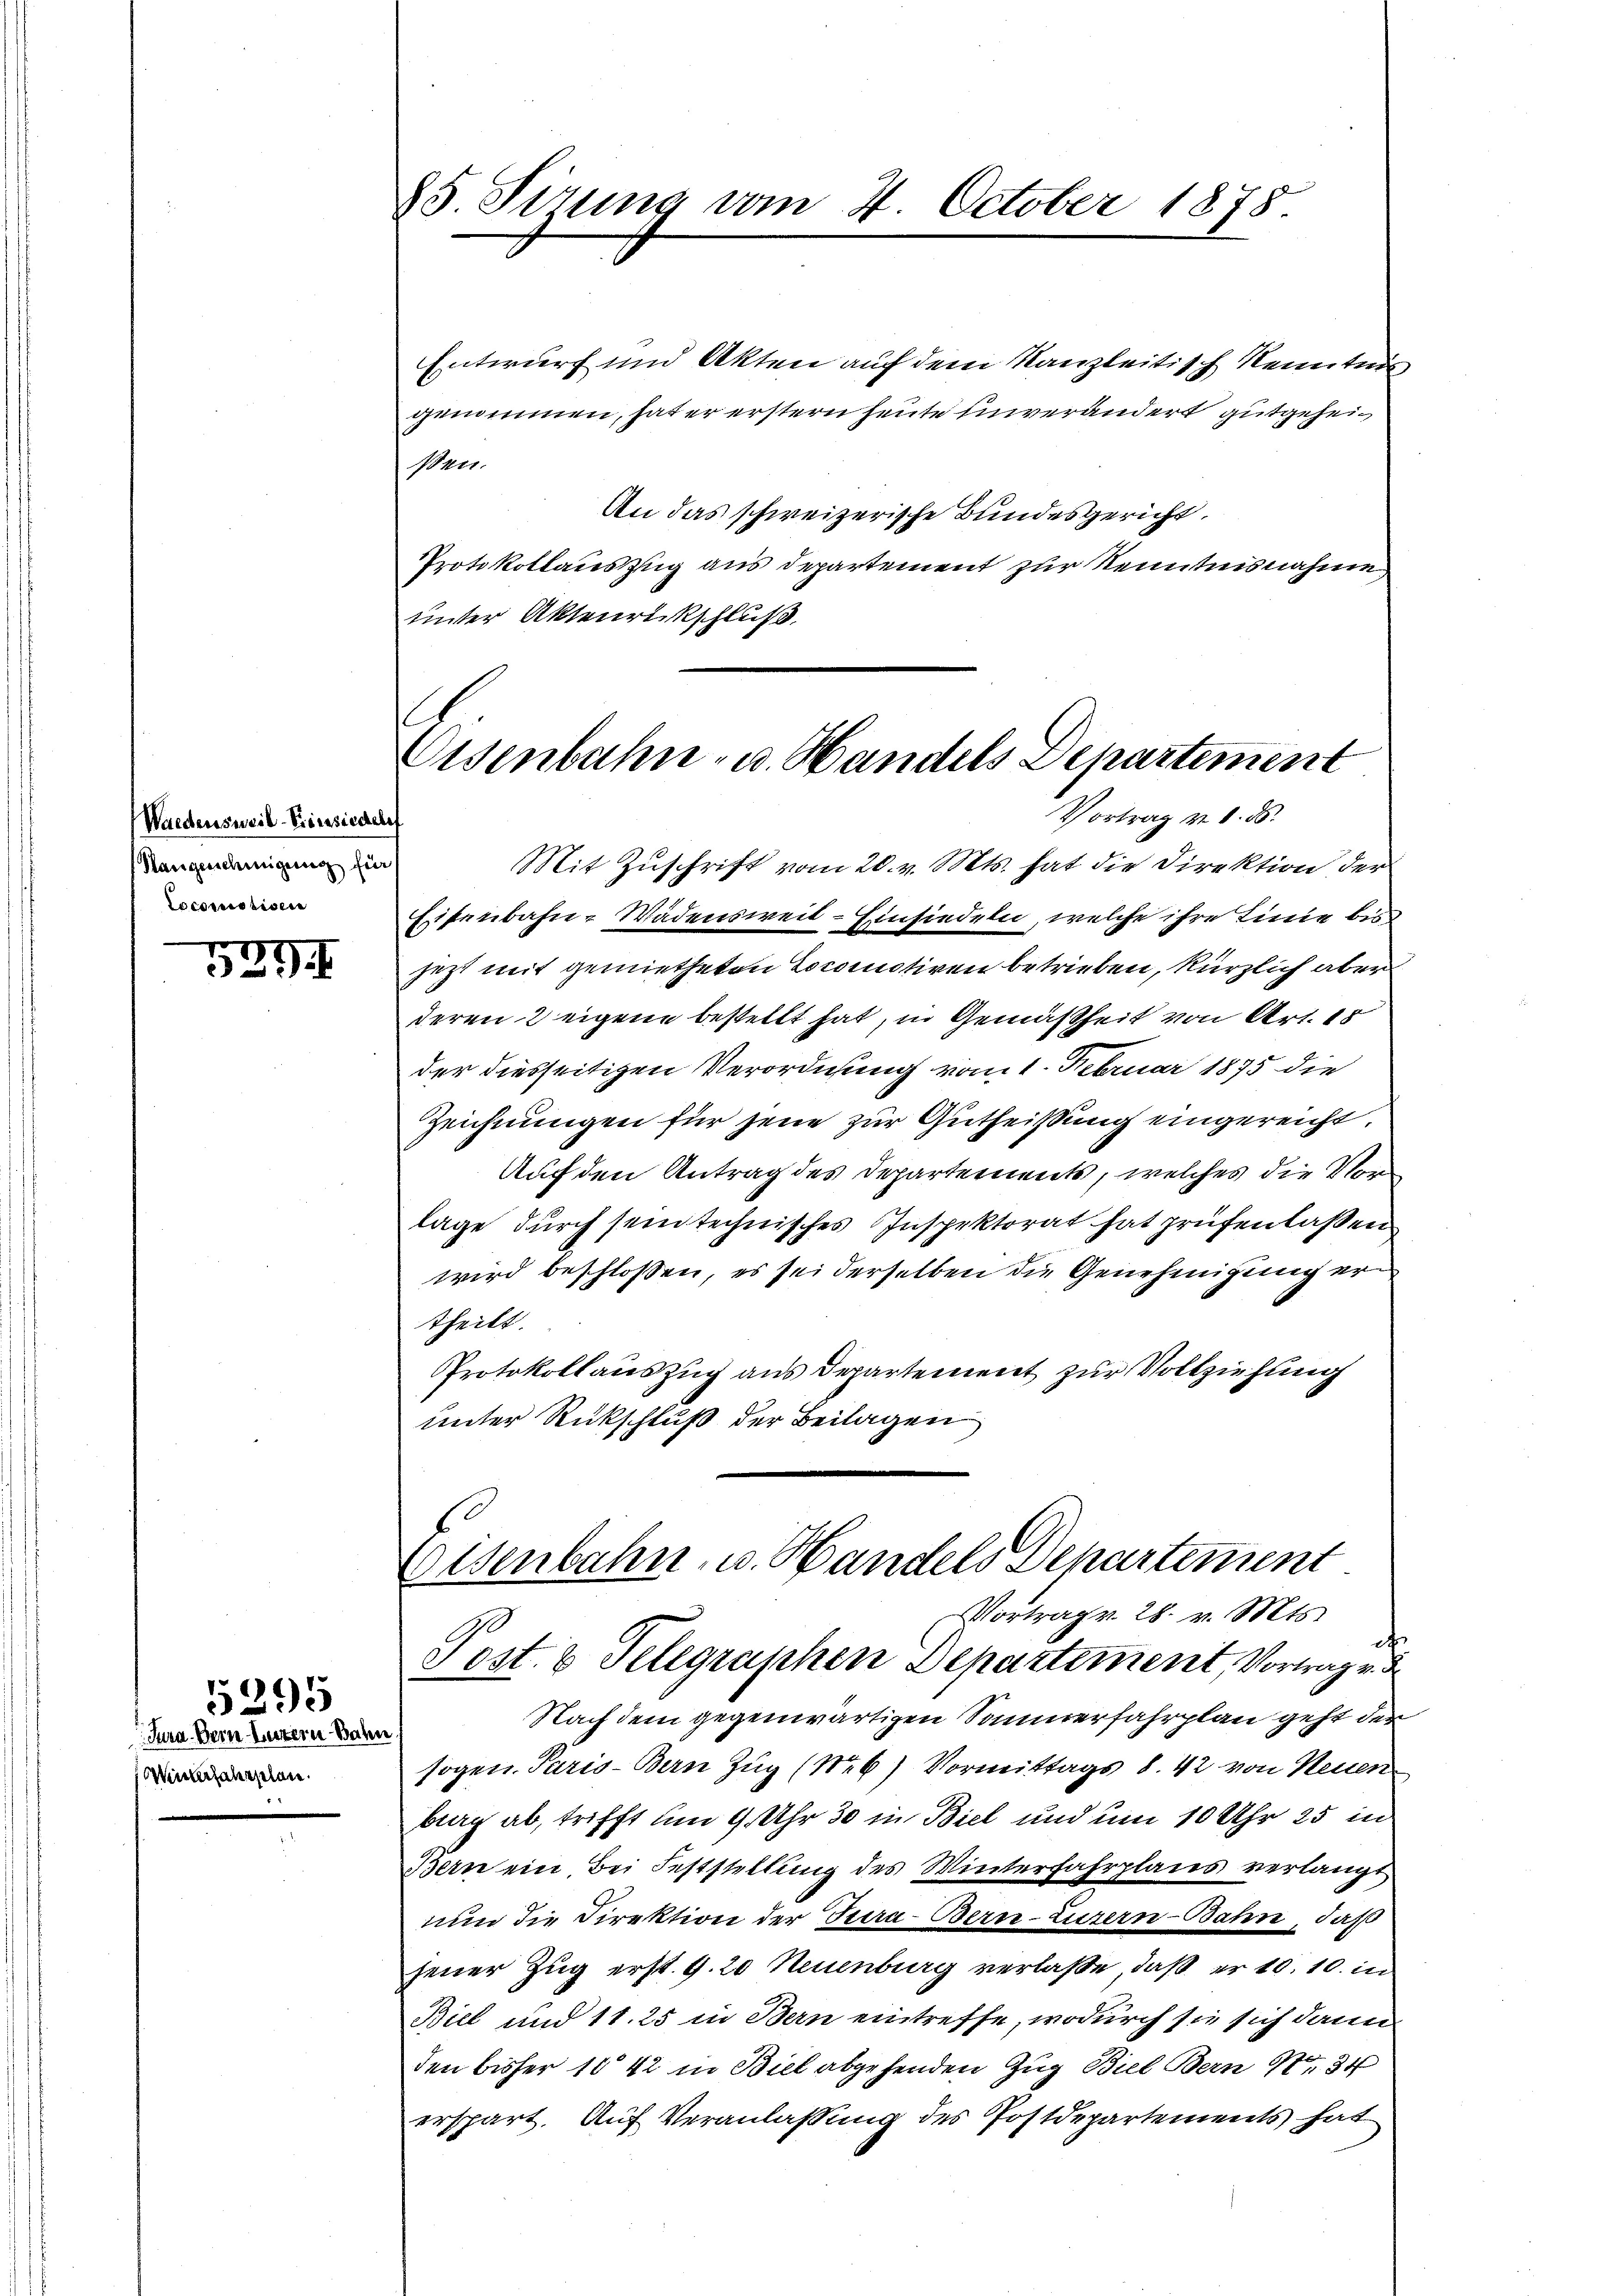
Waldensweil-Diensieder
Mangenehmigung für
Locomprisen

535

Jura. Bern Entern Wahr
Wintersjahrschen.

1395

Eisenbahn- u. Handels Departement
Vortrag v. 1. ds.

85 Sirung vom 4. October 1878.

Entwurf und Akten auf dem Kanzleitisch Kennten
genommen, hat er erstern heute einverändert gutgeheißen.
An das schweizerische Bundesgericht
Protokollauszug aus Departement zur Kenntnisnahme
unter Aktenrückschluß
Mit Zuschrift vom 20. v. Mts. hat die Direktion der
Eisenbahn-Wädensweil–Einsiedeln, welche ihre Linie bis
jezt mit gemietheten Lokomotiven betrieben, kürzlich aber
deren 2 eigene bestellt hat, in Gemäßheit von Art. 15
der diesseitigen Verordnung vom 1. Februar 1875 die
Zeichnungen für jene zur Gutheißung eingereicht.
Auf den Antrag des Departements, welches die Vorlage durch sein technisches Inspektorat hat prüfen laßen
wird beschlossen, es sei derselben die Genehmigung ertheilt.
Protokollauszug aus Departement zur Vollziehung
unter Rückschluß der Beilagen
Eisenbahn, u. Handels Departement
Vortrag v. 28. v. Mts.
d
Post 8 Telegraphen Departement Vortrage d
Nach dem gegenwärtigen Sommerfahrplan geht der
sogen Paris - Bern Zug (Neb) Vormittags d. 42 von Neuen
berg ab, trifft um 9 Uhr 30 in Biel und um 10 Uhr 25 in
Bern ein Bei Feststellung des Winterfahrplans verlangt
nun die Direktion der Jura - Bern-Luzern-Bahn, daß
jener Zug erst. 9. 20 Neuenburg verlaße, daß er 10. 10. in
Biel und 11. 25 in Bern eintreffe, wodurch sie sich dann
den bisher 1042 in Biel abgehenden Zug Biel Bern N. 34
erspart. Auf Veranlassung des Postdepartements hat